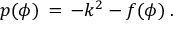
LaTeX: p ( \phi ) \, = \, - k ^ { 2 } - f ( \phi ) \; .